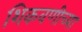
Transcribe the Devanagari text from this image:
शिकवणीच्या